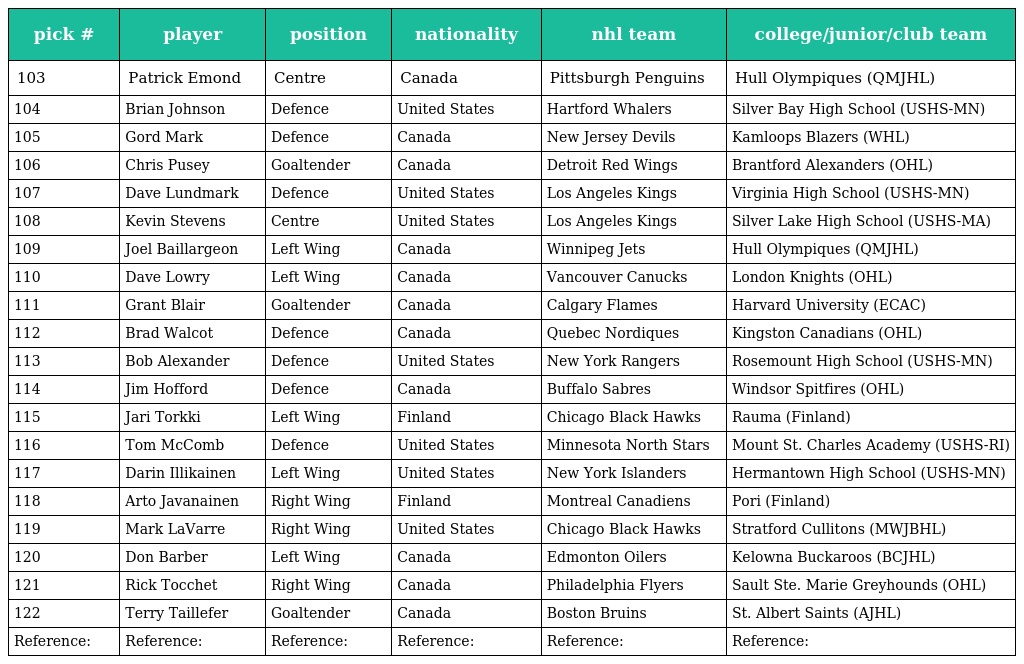
| pick # | player | position | nationality | nhl team | college/junior/club team |
 | --- | --- | --- | --- | --- | --- |
 | 103 | Patrick Emond | Centre | Canada | Pittsburgh Penguins | Hull Olympiques (QMJHL) |
 | 104 | Brian Johnson | Defence | United States | Hartford Whalers | Silver Bay High School (USHS-MN) |
 | 105 | Gord Mark | Defence | Canada | New Jersey Devils | Kamloops Blazers (WHL) |
 | 106 | Chris Pusey | Goaltender | Canada | Detroit Red Wings | Brantford Alexanders (OHL) |
 | 107 | Dave Lundmark | Defence | United States | Los Angeles Kings | Virginia High School (USHS-MN) |
 | 108 | Kevin Stevens | Centre | United States | Los Angeles Kings | Silver Lake High School (USHS-MA) |
 | 109 | Joel Baillargeon | Left Wing | Canada | Winnipeg Jets | Hull Olympiques (QMJHL) |
 | 110 | Dave Lowry | Left Wing | Canada | Vancouver Canucks | London Knights (OHL) |
 | 111 | Grant Blair | Goaltender | Canada | Calgary Flames | Harvard University (ECAC) |
 | 112 | Brad Walcot | Defence | Canada | Quebec Nordiques | Kingston Canadians (OHL) |
 | 113 | Bob Alexander | Defence | United States | New York Rangers | Rosemount High School (USHS-MN) |
 | 114 | Jim Hofford | Defence | Canada | Buffalo Sabres | Windsor Spitfires (OHL) |
 | 115 | Jari Torkki | Left Wing | Finland | Chicago Black Hawks | Rauma (Finland) |
 | 116 | Tom McComb | Defence | United States | Minnesota North Stars | Mount St. Charles Academy (USHS-RI) |
 | 117 | Darin Illikainen | Left Wing | United States | New York Islanders | Hermantown High School (USHS-MN) |
 | 118 | Arto Javanainen | Right Wing | Finland | Montreal Canadiens | Pori (Finland) |
 | 119 | Mark LaVarre | Right Wing | United States | Chicago Black Hawks | Stratford Cullitons (MWJBHL) |
 | 120 | Don Barber | Left Wing | Canada | Edmonton Oilers | Kelowna Buckaroos (BCJHL) |
 | 121 | Rick Tocchet | Right Wing | Canada | Philadelphia Flyers | Sault Ste. Marie Greyhounds (OHL) |
 | 122 | Terry Taillefer | Goaltender | Canada | Boston Bruins | St. Albert Saints (AJHL) |
 | Reference: | Reference: | Reference: | Reference: | Reference: | Reference: |